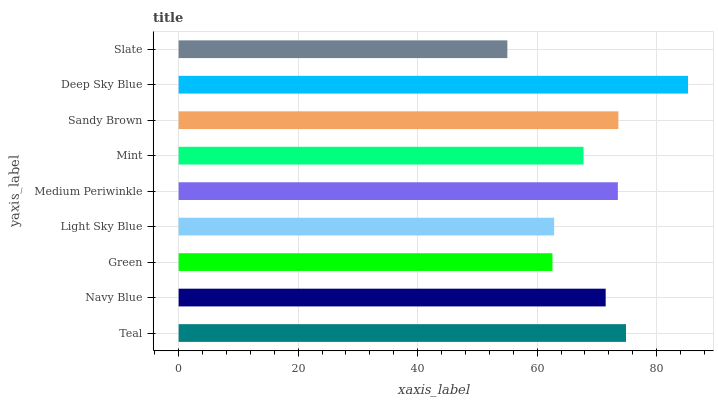
| yaxis_label | bars |
 | --- | --- |
 | Teal | 74.9 |
 | Navy Blue | 71.5 |
 | Green | 62.6 |
 | Light Sky Blue | 62.8 |
 | Medium Periwinkle | 73.5 |
 | Mint | 67.8 |
 | Sandy Brown | 73.6 |
 | Deep Sky Blue | 85.2 |
 | Slate | 55 |